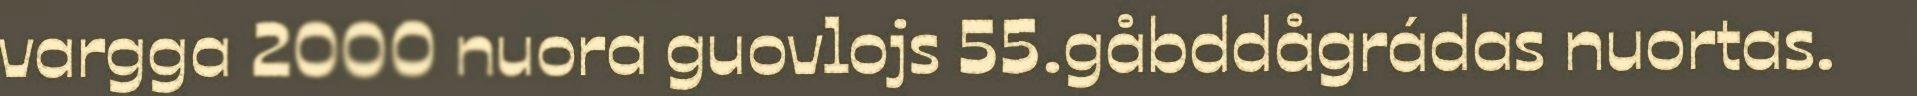
vargga 2000 nuora guovlojs 55.gåbddågrádas nuortas.